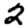
Digit: 2